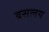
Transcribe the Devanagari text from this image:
बसलय